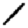
Digit: 1